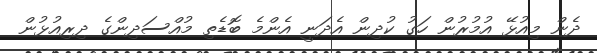
ދެން މިއުޅޭ އުމުރުން ހަގު ކުދިން އެދަނީ އެންމެ ބޮޑެތި މުއްސަދިންގެ ދިރިއުޅުން